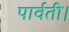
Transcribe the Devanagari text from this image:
पार्वती।